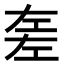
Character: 𢀡